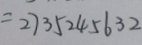
= 2 7 3 5 2 4 5 6 3 2